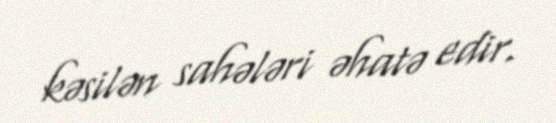
kəsilən sahələri əhatə edir.